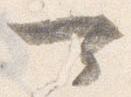
可